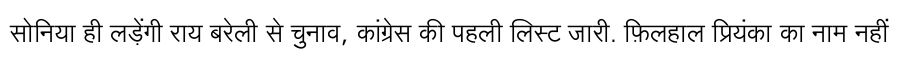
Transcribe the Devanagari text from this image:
सोनिया ही लड़ेंगी राय बरेली से चुनाव, कांग्रेस की पहली लिस्ट जारी. फ़िलहाल प्रियंका का नाम नहीं